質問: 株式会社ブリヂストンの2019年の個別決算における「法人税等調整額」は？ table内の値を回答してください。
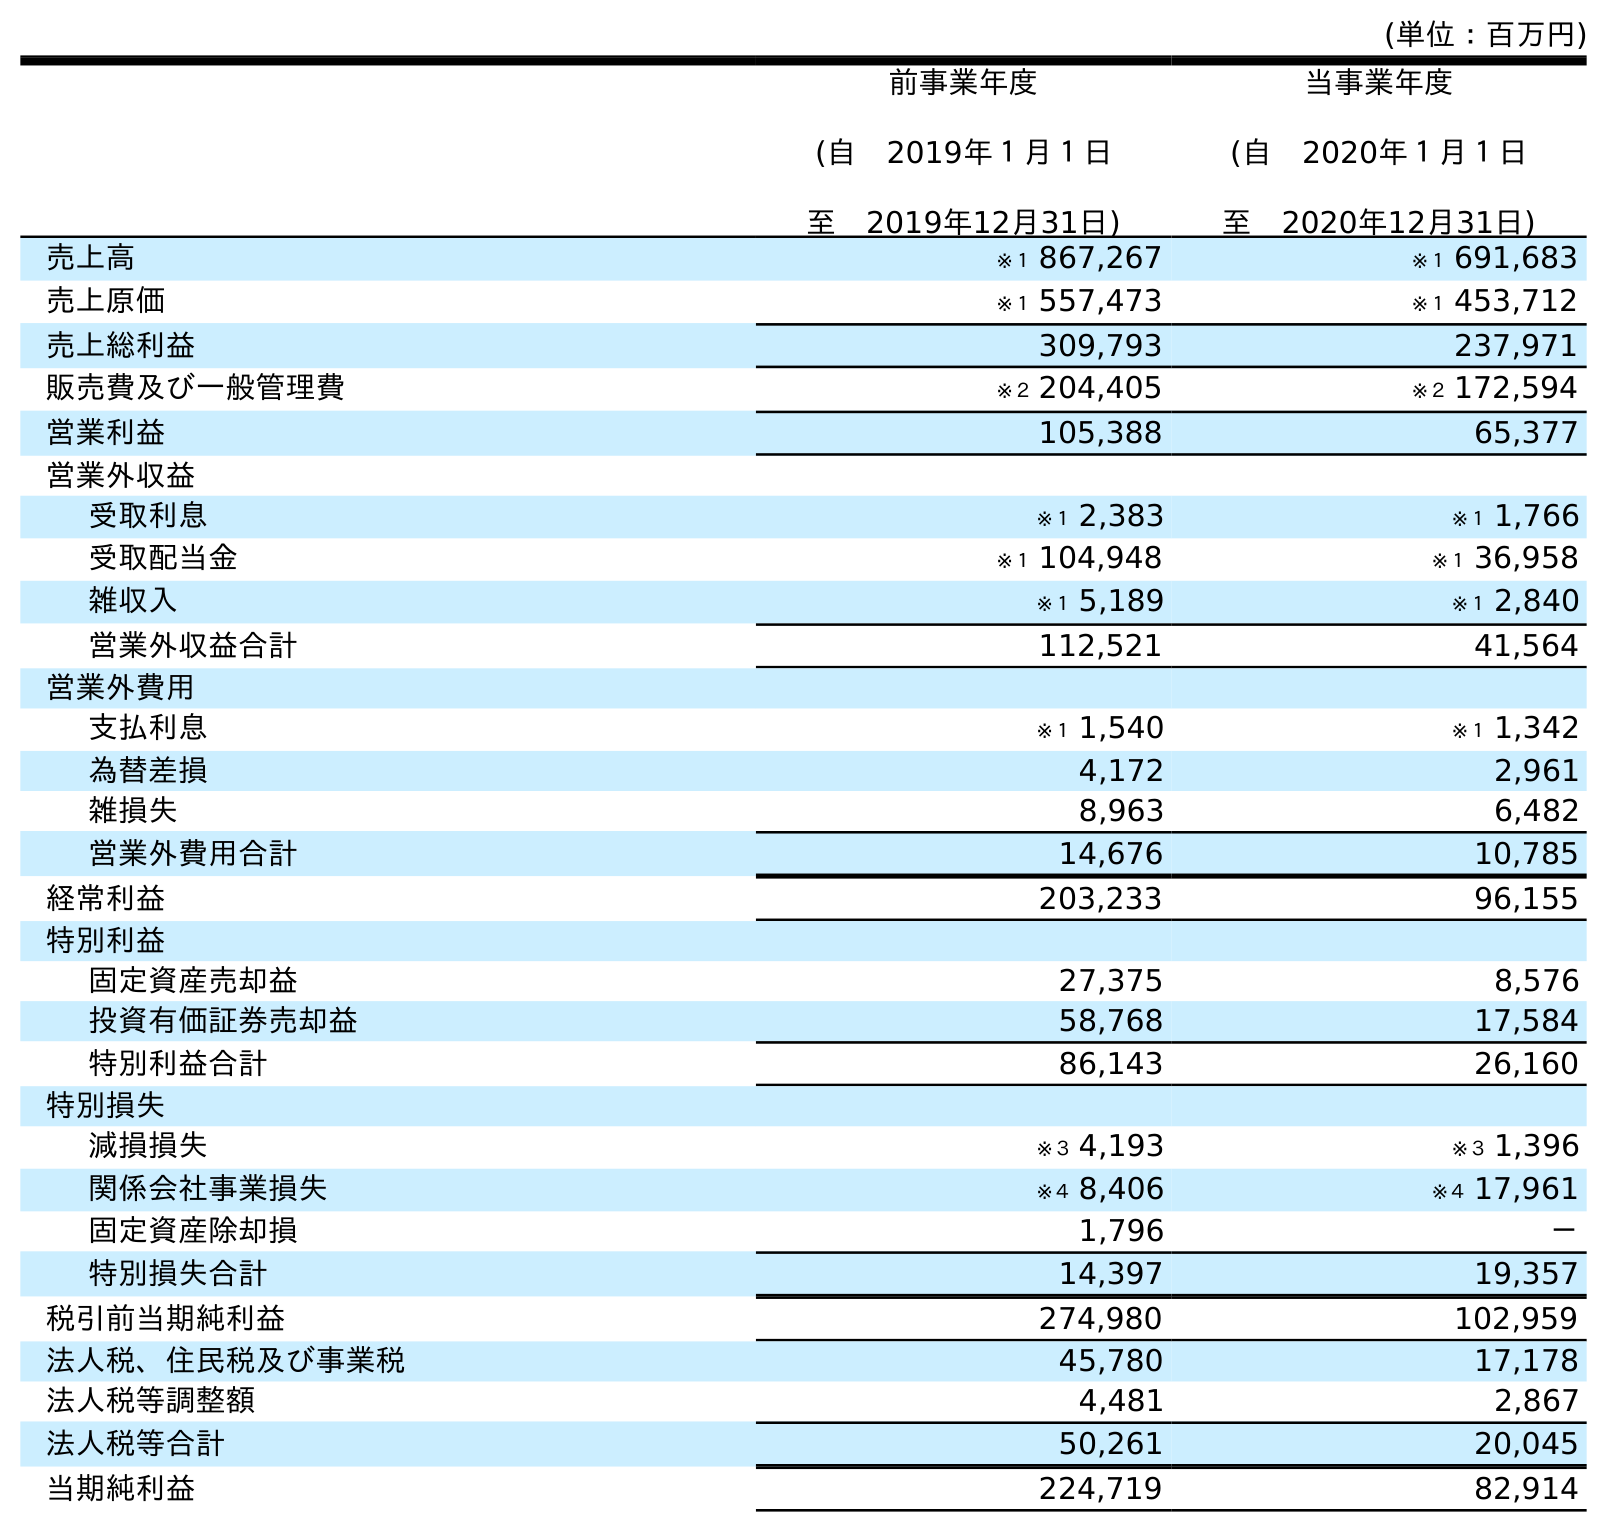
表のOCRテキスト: (単位：百万円) 前事業年度 (自 2019年１月１日 至 2019年12月31日) 当事業年度 (自 2020年１月１日 至 2020年12月31日) 売上高 ※１ 867,267 ※１ 691,683 売上原価 ※１ 557,473 ※１ 453,712 売上総利益 309,793 237,971 販売費及び一般管理費 ※２ 204,405 ※２ 172,594 営業利益 105,388 65,377 営業外収益 受取利息 ※１ 2,383 ※１ 1,766 受取配当金 ※１ 104,948 ※１ 36,958 雑収入 ※１ 5,189 ※１ 2,840 営業外収益合計 112,521 41,564 営業外費用 支払利息 ※１ 1,540 ※１ 1,342 為替差損 4,172 2,961 雑損失 8,963 6,482 営業外費用合計 14,676 10,785 経常利益 203,233 96,155 特別利益 固定資産売却益 27,375 8,576 投資有価証券売却益 58,768 17,584 特別利益合計 86,143 26,160 特別損失 減損損失 ※３ 4,193 ※３ 1,396 関係会社事業損失 ※４ 8,406 ※４ 17,961 固定資産除却損 1,796 － 特別損失合計 14,397 19,357 税引前当期純利益 274,980 102,959 法人税、住民税及び事業税 45,780 17,178 法人税等調整額 4,481 2,867 法人税等合計 50,261 20,045 当期純利益 224,719 82,914
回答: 4,481